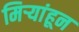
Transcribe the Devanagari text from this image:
मिऱ्यांहून